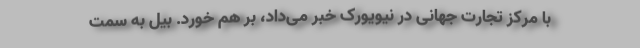
با مرکز تجارت جهانی در نیویورک خبر می‌داد، بر هم خورد. بیل به سمت